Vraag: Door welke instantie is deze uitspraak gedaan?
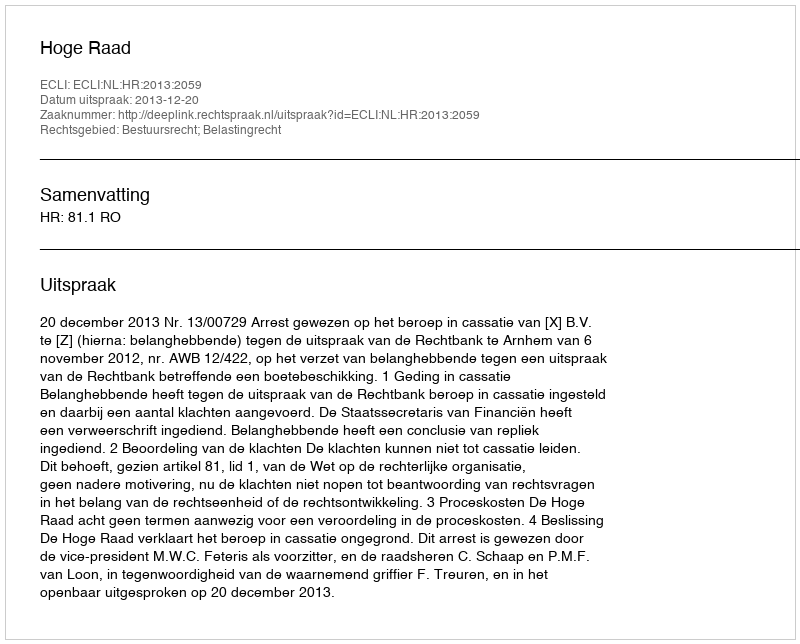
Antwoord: Hoge Raad